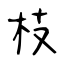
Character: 枝